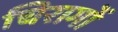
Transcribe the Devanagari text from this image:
चिरागों